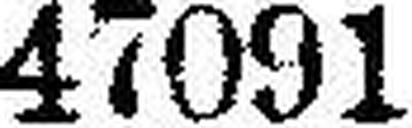
47091